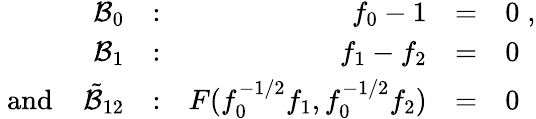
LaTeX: \begin{array}{rrrll}{{{\cal B}_{0}}}&{{:}}&{{f_{0}-1}}&{{=}}&{{0\; ,}}\\ {{{\cal B}_{1}}}&{{:}}&{{f_{1}-f_{2}}}&{{=}}&{{0}}\\ {{\mathrm{~and~}\; \; \; \tilde{\cal B}_{12}}}&{{:}}&{{F(f_{0}^{-1/2}f_{1},f_{0}^{-1/2}f_{2})}}&{{=}}&{{0}}\end{array}